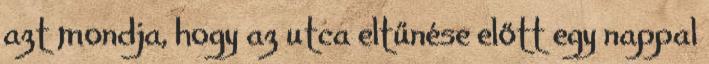
azt mondja, hogy az utca eltűnése előtt egy nappal